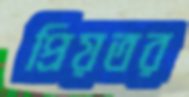
প্রিয়তর